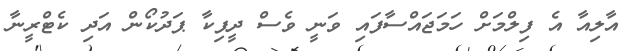
އާލިއާ އެ ފިލްމަށް ހަމަޖައްސާފައި ވަނީ ވެސް ދީޕިކާ ޕަދުކޯން އަދި ކެޓްރީނާ